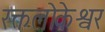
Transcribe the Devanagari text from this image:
रक्तलोकेश्वर